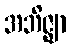
အဘိဇ္ဈာ